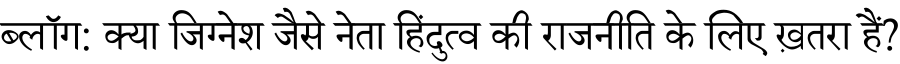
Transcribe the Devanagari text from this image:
ब्लॉग: क्या जिग्नेश जैसे नेता हिंदुत्व की राजनीति के लिए ख़तरा हैं?